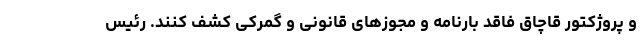
و پروژکتور قاچاق فاقد بارنامه و مجوزهای قانونی و گمرکی کشف کنند. رئیس